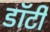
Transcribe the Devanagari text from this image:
डॉर्टी